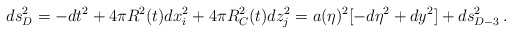
\begin{align*}d s_D^2 = -dt^2 + 4 \pi R^2(t) dx_i^2 + 4 \pi R^2_{C}(t) dz_j^2 =a(\eta)^2 [- d\eta^2 + dy^2] + d s_{D-3}^2\,.\end{align*}